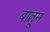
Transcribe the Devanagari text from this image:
बातूम